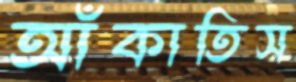
আঁকাতিস